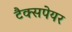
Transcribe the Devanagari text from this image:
टैक्सपेयर